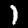
Label: 1